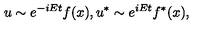
u \sim e ^ { - i E t } f ( x ) , u ^ { * } \sim e ^ { i E t } f ^ { * } ( x ) ,